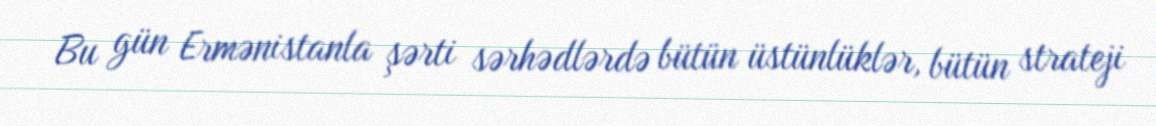
Bu gün Ermənistanla şərti sərhədlərdə bütün üstünlüklər, bütün strateji